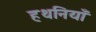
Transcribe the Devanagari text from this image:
हथनियाँ